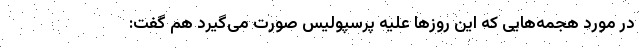
در مورد هجمه‌هایی که این روزها علیه پرسپولیس صورت می‌گیرد هم گفت: